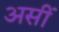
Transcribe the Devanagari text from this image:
असीं